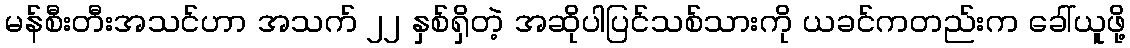
မန်စီးတီးအသင်ဟာ အသက် ၂၂ နှစ်ရှိတဲ့ အဆိုပါပြင်သစ်သားကို ယခင်ကတည်းက ခေါ်ယူဖို့